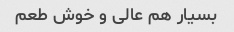
بسیار هم عالی و خوش طعم